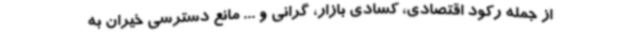
از جمله رکود اقتصادی، کسادی بازار، گرانی و ... مانع دسترسی خیران به